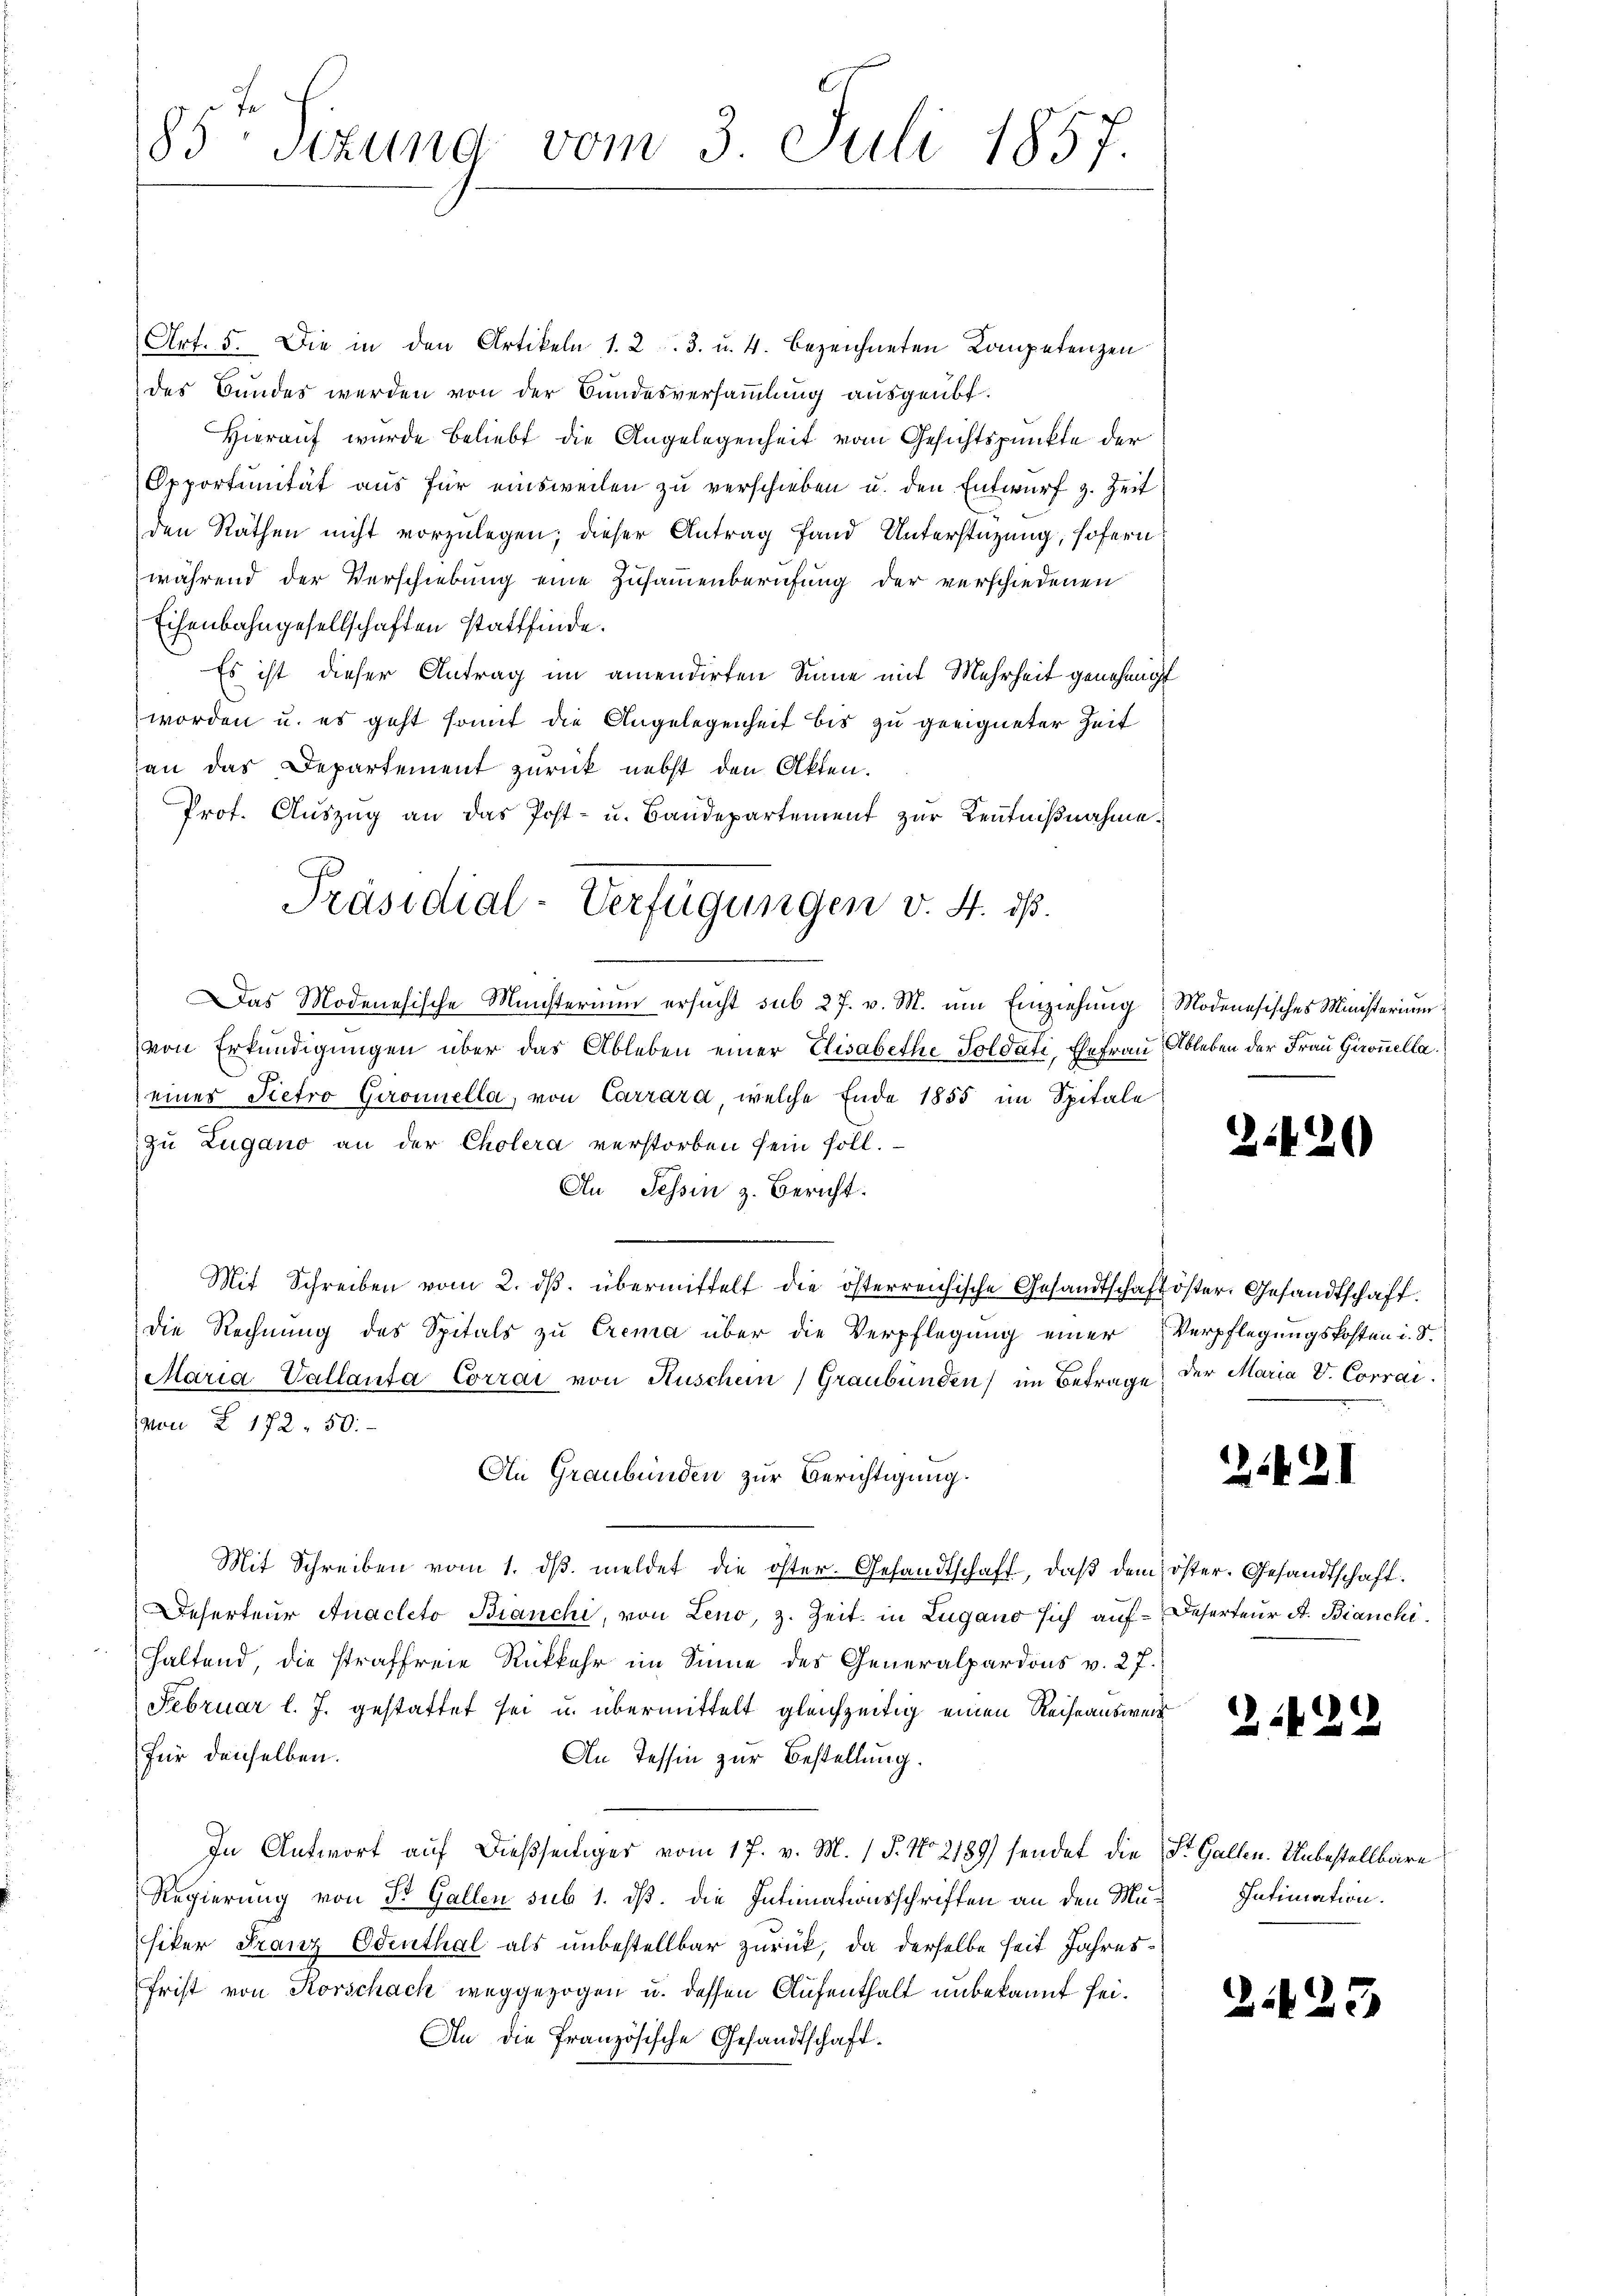
85te Sizung vom 3. Juli 1857.

Art. 5. Die in den Artikeln 1. 2. 3. u. 4. bezeichneten Kompetenzen
des Bundes werden von der Bundesversammlung ausgeübt.
Hierauf wurde beliebt die Angelegenheit vom Gesichtspunkte der
Opportunität aus für einsweilen zu verschieben u. den Entwurf z. Zeit
den Räthen nicht vorzulegen; dieser Antrag fand Unterstützung, sofern
während der Verschiebung eine Zusammenberufung der verschiedenen
Eisenbahngesellschaften stattfinde.
Es ist dieser Antrag im amendirten Sinne mit Mehrheit genehmigt
worden u. es geht somit die Angelegenheit bis zu geeigneter Zeit
an das Departement zurück nebst den Akten.
Prof. Aŭszŭg an das Post- u. Bandepartement zur Kenntnißnahme.
Das Modenesische Münsterium ersŭcht sub 27. v. M. ŭm Einziehŭng Modenesisches Ministerium
von Erkundigungen über das Ableben einer Elisabethe Soldati, Ehefrau Ableben der Frau Gironnellaeiner Pietro Gironnella, von Carrara, welche Ende 1855 im Spitale
zu Zugano an der Cholera verstorben sein soll.
An Tessin z. Bericht.
Mit Schreiben vom 2. dβ. übermittelt die österreichische Gesandtschaft öster. Gesandtschaft.
die Rechnung des Spitals zu Crema über die Verpflegung einer Verpflegungskosten i. S.
E
Maria Vallanta Corrai von Kuschein) Graubünden) im Betrage der Maria V. Corraivon § 172. 50.
An Graubünden zur Berichtigung.
Mit Schreiben vom 1. dβ meldet die öster. Gesandtschaft, daß dem öster. Gesandtschaft.
Deserteur Anacleto Branchi, von Leno, z. Zeit in Zugano sich auf Deserteur A. Bianchihaltend, die straffreie Rückkehr im Sinne des Generalpardons v. 27.
Februar l. J. gestattet sei u. übermittelt gleichzeitig einen Reiseausweis
für denselben.
An Tessin zur Bestellung.
In Antwort aŭf dießseitiges vom 17. v. M. (T. No 2189) sendet die St. Gallen. Unbestellbare
Regierung von B. Gallen sub 1. dß. die Intimationsschriften an den Musiker Franz Edenthal als unbestellbar zurück, da derselbe seit Jahres¬
Frist von Korschach weggezogen u. dessen Aufenthalt unbekannt sei.
An die französische Gesandtschaft.

Präsidial-Verfügungen v. 4. ds.

2420

2.21

31429

Intimation.

2.25